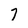
Character: 7